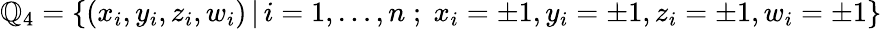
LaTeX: {\mathbb{Q}}_{4}=\{ (x_{i},y_{i},z_{i},w_{i})\, |\, i=1,\ldots,n\; ;\; x_{i}=\pm1,y_{i}=\pm1,z_{i}=\pm1,w_{i}=\pm1\}